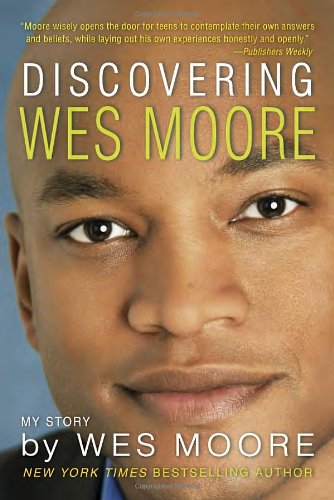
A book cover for Discovering Wes Moore (The Young Adult Adaptation); Wes Moore; Teen & Young Adult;